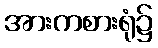
အားကစားရုံ၌